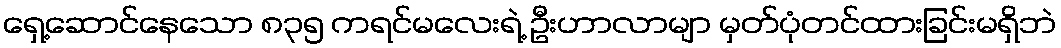
ရှေ့ဆောင်နေသော ၈၃၅ ကရင်မလေးရဲ့ ဦးဟာလာမျာ မှတ်ပုံတင်ထားခြင်းမရှိဘဲ